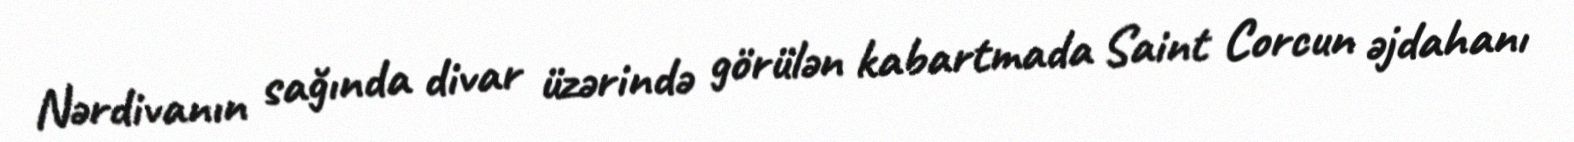
Nərdivanın sağında divar üzərində görülən kabartmada Saint Corcun əjdahanı